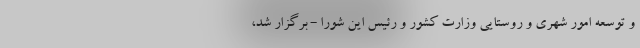
و توسعه امور شهری و روستایی وزارت کشور و رئیس این شورا - برگزار شد،